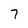
Character: 7